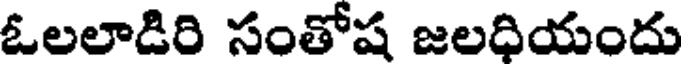
ఓలలాడిరి సంతోష జలధియందు